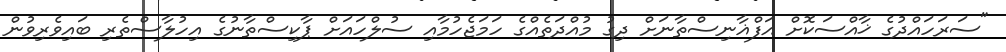
"ސަރަހައްދުގެ ޚާއްސަކޮށް އަފްޣާނިސްތާނަށް ދިގު މުއްދަތެއްގެ ހަމަޖެހުމާއި ސުލްހައަށް ޕާކިސްތާނުގެ އިހުލާސްތެރި ބައިވެރިވުން